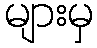
များမှ